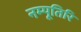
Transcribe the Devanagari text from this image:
नम्पूतिरि